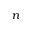
n